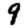
Digit: 9